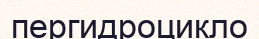
пергидроцикло